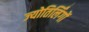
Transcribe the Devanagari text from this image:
ज्‍योतिर्लिंगों